Report on enteric fever
Disease focus: Fever
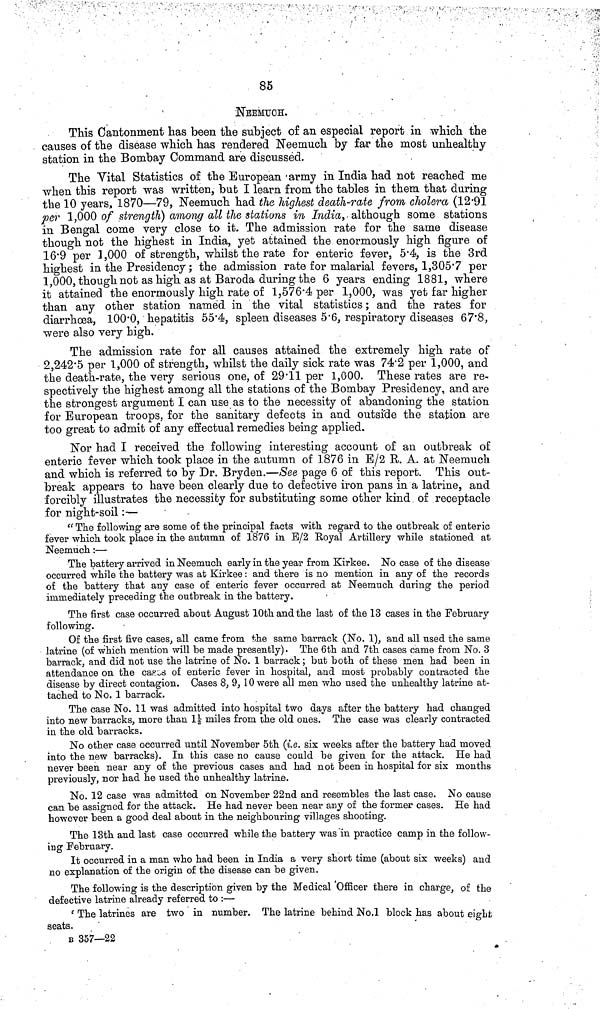
85
NEEMUcH.
This Cantonment has been the subject of an especial report in which the
causes of the disease which has rendered Neemuch by far the most unhealthy
station in the Bombay Command are discussed.
The Vital Statistics of the European army in India had not reached me
when this report was written, but I learn from the tables in them that during
the 10 years, 1870—79, Neemuch had the highest death rate from cholera (12 91
per 1,000 of strength) among all the stations in India, although some stations
in Bengal come very close to it. The admission rate for the same disease
though not the highest in India, yet attained the enormously high figure of
16 9 per 1,000 of strength, whilst the rate for enteric fever. 5 4, is the 3rd
highest in the Presidency; the admission rate for malarial fevers, 1,305 7 per
1,000, though not as high as at Baroda during the 6 years ending 1881, where
it attained the enormously high rate of 1,576 4 per 1,000, was yet far higher
than any other station named in the vital statistics; and the rates for
diarrhoea, 100 0, hepatitis 55 4, spleen diseases 5 6, respiratory diseases 67 8,
were also very high.
The admission rate for all causes attained the extremely high rate of
2,242 5 per 1,000 of strength, whilst the daily sick rate was 74 2 per 1,000, and
the death rate, the very serious one, of 29 11 per 1,000. These rates are re-
spectively the highest among all the stations of the Bombay Presidency, and are
the strongest argument I can use as to the necessity of abandoning the station
for European troops, for the sanitary defects in and outside the station are
too great to admit of any effectual remedies being applied.
Nor had I received the following interesting account of an outbreak of
enteric fever which took place in the autumn of 1876 in E/2 R. A. at Neemuch
and which is referred to by Dr. Bryden.—See page 6 of this report. This out-
break appears to have been clearly due to defective iron pans in a latrine, and
forcibly illustrates the necessity for substituting some other kind of receptacle
for night soil :—
"The following are some of the principal facts with regard to the outbreak of enteric
fever which took place in the autumn of 1876 in E/2 Royal Artillery while stationed at
Neemuch :—
The battery arrived in Neemuch early in the year from Kirkee. No case of the disease
occurred while the battery was at Kirkee: and there is no mention in any of the records
of the battery that any case of enteric fever occurred at Neemuch during the period
immediately preceding the outbreak in the battery.
The first case occurred about August 10th and the last of the 13 cases in the February
following.
Of the first five cases, all came from the same barrack (No. 1), and all used the same
latrine (of which mention will be made presently). The 6th and 7th cases came from No. 3
barrack, and did not use the latrine of No. 1 barrack; but both of these men had been in
attendance on the cases of enteric fever in hospital, and most probably contracted the
disease by direct contagion. Cases 8, 9, 10 were all men who used the unhealthy latrine at-
tached to No. 1 barrack.
The case No. 11 was admitted into hospital two days after the battery had changed
into new barracks, more than 1\1/2\ miles from the old ones. The case was clearly contracted
in the old barracks.
No other case occurred until November 5th (i.e. six weeks after the battery had moved
into the new barracks). In this case no cause could be given for the attack. He had
never been near any of the previous cases and had not been in hospital for sis months
previously, nor had he used the unhealthy latrine.
No. 12 case was admitted on November 22nd and resembles the last case. No cause
can be assigned for the attack. He had never been near any of the former cases. He had
however been a good deal about in the neighbouring villages shooting.
The 13th and last case occurred while the battery was in practice camp in the follow-
ing February.
It occurred in a man who had been in India a very short time (about sis weeks) and
no explanation of the origin of the disease can be given.
The following is the description given by the Medical Officer there in charge, of the
defective latrine already referred to :—
' The latrines are two in number. The latrine behind No.1 block has about eight
seats.
B 357—22